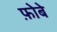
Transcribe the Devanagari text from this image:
फ़ोबे